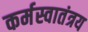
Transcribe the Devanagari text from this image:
कर्मस्वातंत्रय